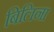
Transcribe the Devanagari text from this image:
बिलिना